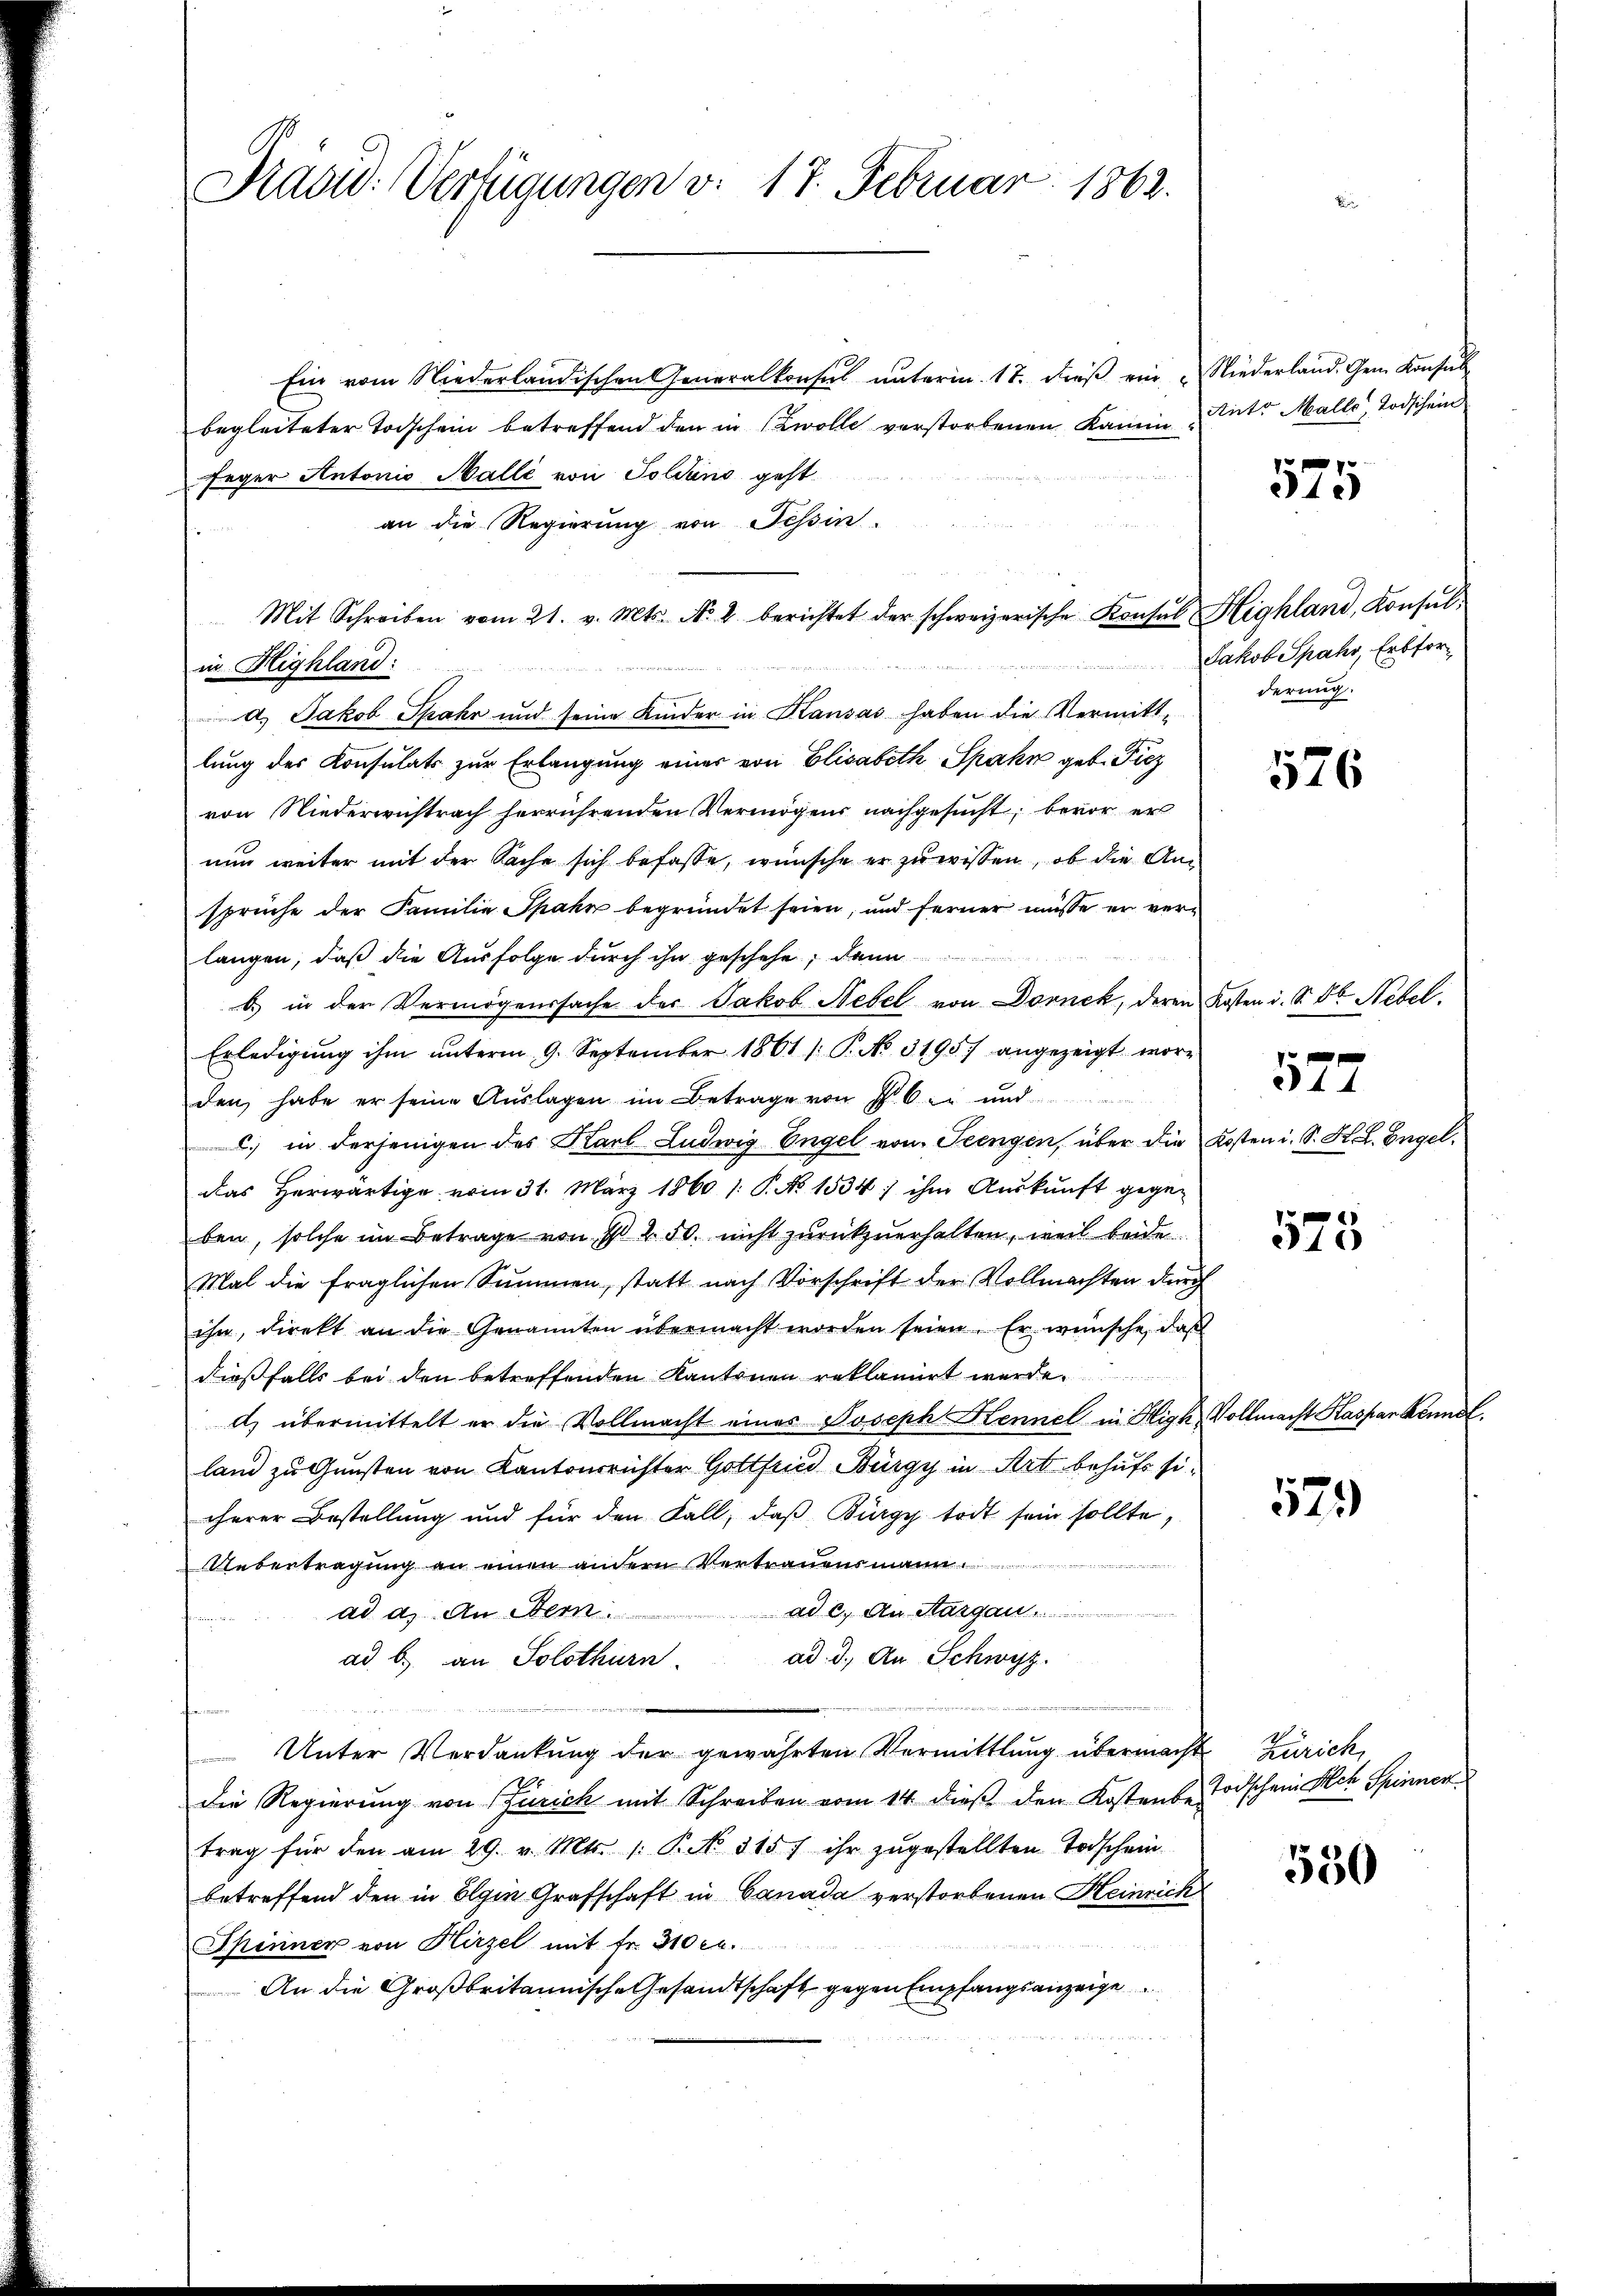
Pradid: Verfügungen v. 17. Februar 1862.

Ein vom Niederländischen Generalkonsul ŭnterm 17. dieβ ein „Niederland. Gem. Konsul
begleiteter Todschein betreffend den in wolle verstorbenen Kamin Unter Malle, Todschein
feger Antonio Balli von Soldans geht.
an die Regierung von Tessin
in Highland:
a. Jakob Spahr und seine Kinder in Kausas haben die Vermitt-
lung des Konsulats zur Erlangung einer von Elisabeth Spahn geb. Ficz
von Niederwichtrach herrührenden Vermögens nachgesucht, bevor er
nun weiter mit der Sache sich befasse, wünsche er zu wissen, ob die Ansprüche der Familie Spahn begründet seien, und ferner müsse er verlangen, daß die Ausfolge durch ihn geschehe; dann
b) in der Vermögenssache der Jakob Nebel von Dornek, deren Kosten i. S. 86. Nebel.
Erledigung ihm unterm 9. September 1861 [ P. No. 3195) angezeigt worden habe er seine Aŭslagen im Betrage von P. C. c. und
c.) in derjenigen des Karl Ludwig Engel von Seengen, über die Kosten i. S. K. H. Engeldas herwärtige vom 31. März 1860 1. P. No 1534) ihm Aŭskŭnft gegeben, solche im Betrage von I 2. 50. nicht zurückzuerhalten, weil beide
Mal die fraglichen Summen, statt nach Vorschrift der Vollmachten durch
ihn, direkt an die Genannten übermacht worden seien. Er wünsche, daß
dießfalls bei den betreffenden Kantonen reklamirt werde.
d) übermittelt er die Vollmacht eines Joseph Hennel in High Vollmacht Kaspar Kenntland zu Gunsten von Kantonsrichter Gottsein Bürgy in Art behufs sicherer Bestellung und für den Fall, daβ Bürgy todt sein sollte,
Uebertragung an einen andern Vertrauensmann

ad c. An Aargau .....

ad a. An Stern.
ad. d. An Schwyz.
ad b. an Solothurn.
 Unter Verdankŭng der gewährten Vormittlung übermacht Zürich,
die Regierŭng von Zürich mit Schreiben vom 14. dieβ den Kostenbe Todschein Rech Spinner
trag für den am 29. v. Mts. 1. P. 315 f ihr zŭgestellten Todschein
betreffend den in Elgin Grafschaft in Canada verstorbenen Heinrich
Spinner von Hirzel mit fr. 310 rl.
An die Großbritannische Gesandtschaft gegen Empfangsanzeige

Mit Schreiben vom 21. v. Mts. No. 2 berichtet der schweizerische Konsul Highland, Konsul¬

575

Jakob Spahr, Erbforderung.

576

572

575

573

550